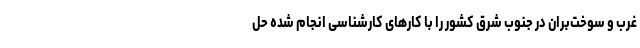
غرب و سوخت‌بران در جنوب شرق کشور را با کارهای کارشناسی انجام شده حل